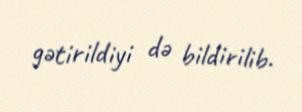
gətirildiyi də bildirilib.